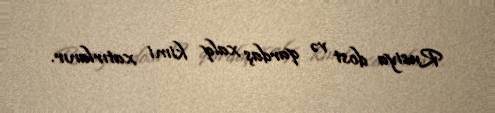
Rusiya dost və qardaş xalq kimi xatırlanır.